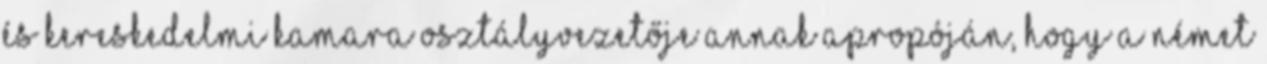
és Kereskedelmi Kamara osztályvezetője annak apropóján, hogy a német